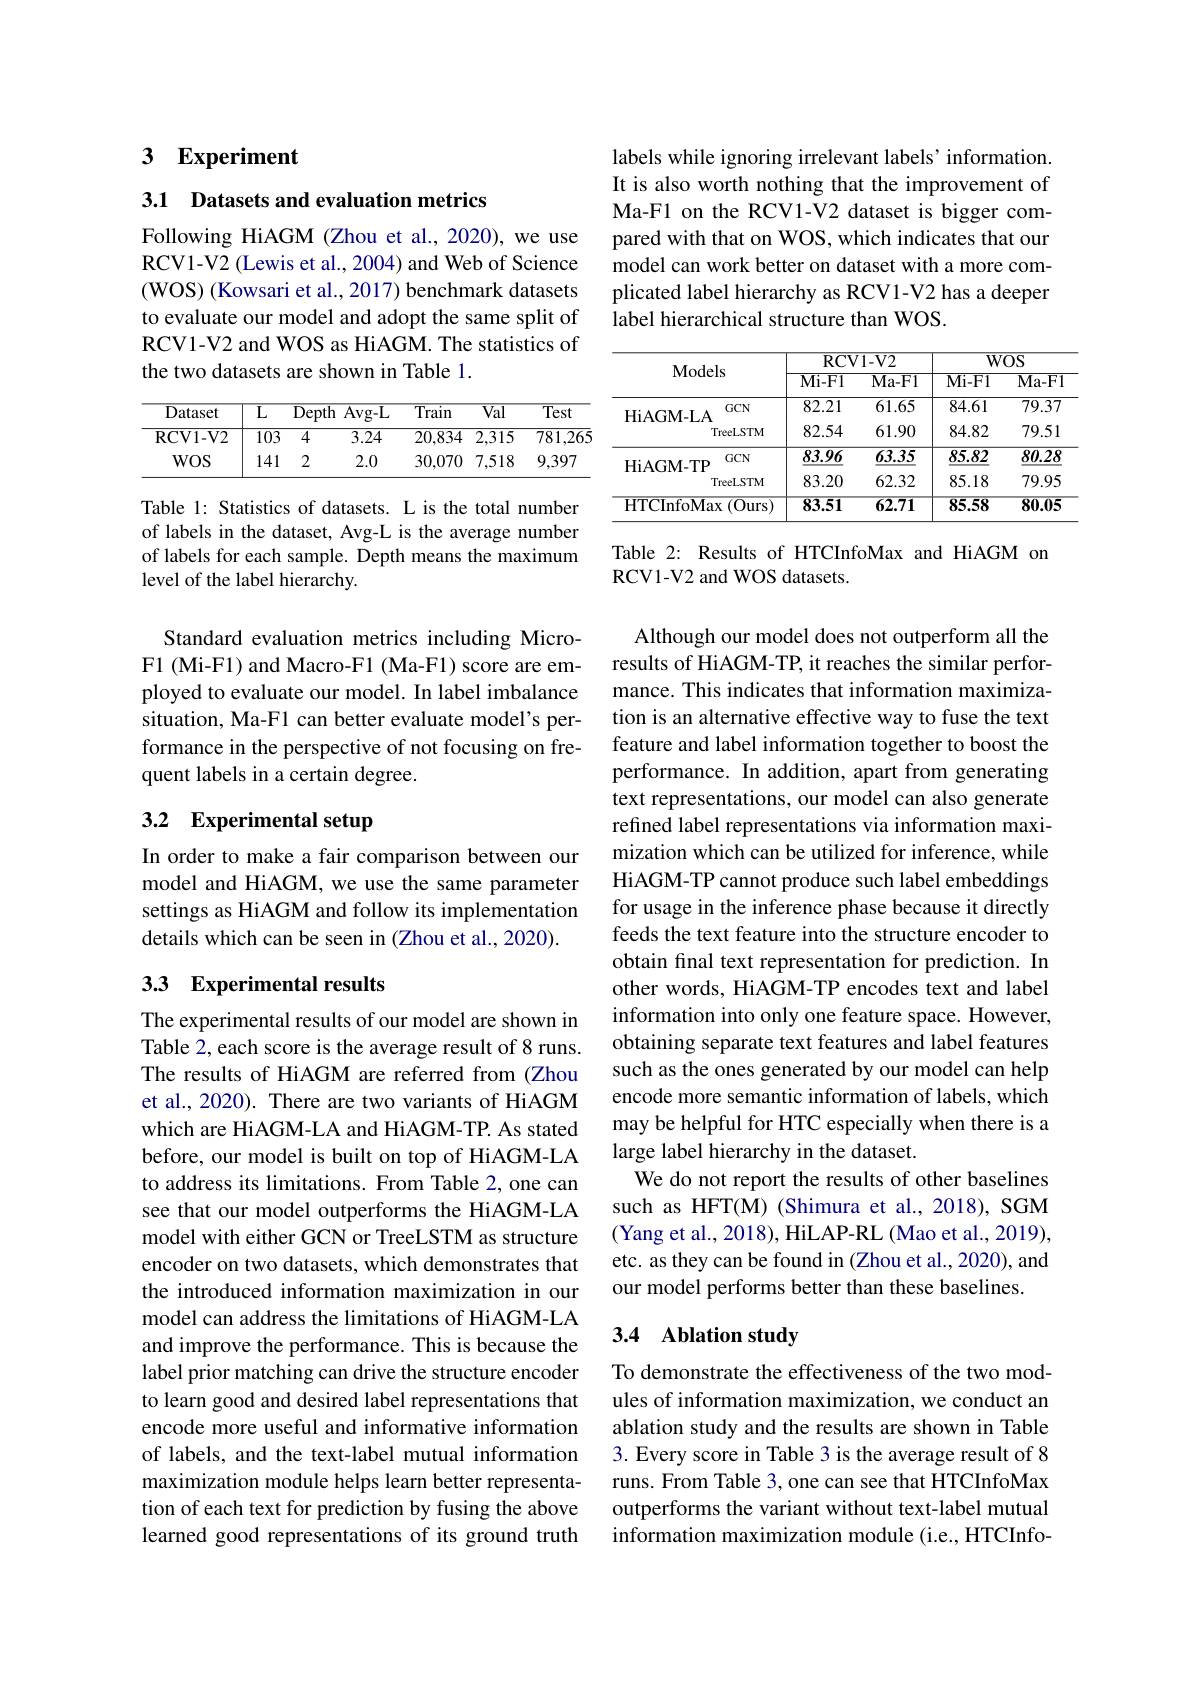
## 3 $\mathbf{Experiment}$

3.1 Datasets and evaluation metrics

Following HiAGM (Zhou et al., 2020), we use RCV1-V2 (Lewis et al., 2004) and Web of Science (WOS) (Kowsari et al., 2017) benchmark datasets to evaluate our model and adopt the same split of RCV1-V2 and WOS as HiAGM. The statistics of the two datasets are shown in Table 1.

<table>
	<tbody>
		<tr>
			<th>Dataset</th>
			<th>$\overline{{\mathrm{L}}}$</th>
			<th>$\overline{\mathrm{Depth}}$</th>
			<th>$\overline{\mathrm{Avg-L}}$</th>
			<th>$\overline{\text{Train}}$</th>
			<th>$\overline{Val}$</th>
			<th>$\overline{\mathrm{Test}}$</th>
		</tr>
		<tr>
			<td>RCV1- V2</td>
			<td>$\overline{103}$</td>
			<td>$\overline{4}$</td>
			<td>3.24</td>
			<td>20,834</td>
			<td>2,315</td>
			<td>$\overline{781,265}$</td>
		</tr>
		<tr>
			<td>$WOS$</td>
			<td>141</td>
			<td>2</td>
			<td>2.0</td>
			<td>30,070</td>
			<td>7,518</td>
			<td>9,397</td>
		</tr>
	</tbody>
</table>

Table 1: Statistics of datasets. L is the total number of labels in the dataset, Avg-L is the average number of labels for each sample. Depth means the maximum level of the label hierarchy.

Standard evaluation metrics including MicroF1 (Mi-F1) and Macro-F1 (Ma-F1) score are employed to evaluate our model. In label imbalance situation, Ma-F1 can better evaluate model's performance in the perspective of not focusing on frequent labels in a certain degree.

# 3.2 Experimental setup

In order to make a fair comparison between our model and HiAGM, we use the same parameter settings as HiAGM and follow its implementation details which can be seen in (Zhou et al., 2020).

# 33 Experimental results

The experimental results of our model are shown in Table 2, each score is the average result of 8 runs. The results of HiAGM are referred from (Zhou et al., 2020). There are two variants of HiAGM which are HiAGM-LA and HiAGM-TP. As stated before, our model is built on top of HiAGM-LA to address its limitations. From Table 2, one can see that our model outperforms the HiAGM-LA model with either GCN or TreeLSTM as structure encoder on two datasets, which demonstrates that the introduced information maximization in our model can address the limitations of HiAGM-LA and improve the performance. This is because the label prior matching can drive the structure encoder to learn good and desired label representations that encode more useful and informative information of labels, and the text-label mutual information maximization module helps learn better representation of each text for prediction by fusing the above learned good representations of its ground truth

labels while ignoring irrelevant labels' information. It is also worth nothing that the improvement of Ma-F1 on the RCV1-V2 dataset is bigger compared with that on WOS, which indicates that our model can work better on dataset with a more complicated label hierarchy as RCV1-V2 has a deeper label hierarchical structure than WOS.

<table>
	<tbody>
		<tr>
			<th rowspan="3">Models</th>
			<th>$RCV$ $\overline{\mathrm{Mi-F1}}$</th>
			<th>$1-V2$ $\overline{\mathrm{Ma-F1}}$</th>
			<th>$\overline{W}.$ Mi- F1</th>
			<th>$\overline{OS}$ $\overline{\mathrm{Ma-F1}}$</th>
		</tr>
		<tr>
			<th>$\overline{\mathrm{RCV}}$</th>
			<th>$1-V2$</th>
			<th>$\overline{W}.$</th>
			<th>$\overline{OS}$</th>
		</tr>
		<tr>
			<th>$\mathbf{Mi-F1}$</th>
			<th>$\mathbf{Ma-F1}$</th>
			<th>$\overline{\text{Mi-F}1}$</th>
			<th>$\overline{\mathrm{Ma-F1}}$</th>
		</tr>
		<tr>
			<td rowspan="2">$GCN$ HiAGM- LA TreeLSTM</td>
			<td>82.21</td>
			<td>61.65</td>
			<td>84.61</td>
			<td>79.37</td>
		</tr>
		<tr>
			<td>82.54</td>
			<td>61.90</td>
			<td>84.82</td>
			<td>79.51</td>
		</tr>
		<tr>
			<td>$GCN$ NA TTD</td>
			<td>83.96</td>
			<td>63.35</td>
			<td>85.82</td>
			<td>80.28</td>
		</tr>
		<tr>
			<td>IAUIVITI TreeLSTM</td>
			<td>83.20</td>
			<td>62.32</td>
			<td>85.18</td>
			<td>79.95</td>
		</tr>
		<tr>
			<td>HTCInfoMax (Ours)</td>
			<td>83.51</td>
			<td>$\overline{62.71}$</td>
			<td>85.58</td>
			<td>80.05</td>
		</tr>
	</tbody>
</table>

Table 2: Results of HTCInfoMax and HiAGM on
RCV1-V2 and WOS datasets.

Although our model does not outperform all the results of HiAGM-TP, it reaches the similar performance. This indicates that information maximization is an alternative effective way to fuse the text feature and label information together to boost the performance. In addition, apart from generating text representations, our model can also generate refined label representations via information maximization which can be utilized for inference, while HiAGM-TP cannot produce such label embeddings for usage in the inference phase because it directly feeds the text feature into the structure encoder to obtain fınal text representation for prediction. In other words, HiAGM-TP encodes text and label information into only one feature space. However, obtaining separate text features and label features such as the ones generated by our model can help encode more semantic information of labels, which may be helpful for HTC especially when there is a large label hierarchy in the dataset.
We do not report the results of other baselines such as HFT(M) (Shimura et al., 2018), SGM (Yang et al., 2018), HiLAP-RL (Mao et al., 2019), etc. as they can be found in (Zhou et al., 2020), and our model performs better than these baselines.

## 3.4 Ablation study

To demonstrate the effectiveness of the two modules of information maximization, we conduct an ablation study and the results are shown in Table 3. Every score in Table 3 is the average result of 8 runs. From Table 3, one can see that HTCInfoMax outperforms the variant without text-label mutual information maximization module (i.e., HTCInfo-